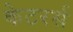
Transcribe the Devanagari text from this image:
केटरर्स